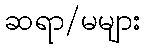
ဆရာ/မများ